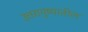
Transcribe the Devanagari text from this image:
उत्तरायुष्यातील